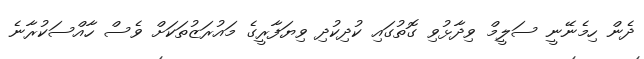
ދެން ހިމެނޭނީ ސަލީމް ވިދާޅުވި ގޮތުގައި ކުދިކުދި ވިޔަފާރީގެ މައުރަޒުތަކަށް ވެސް ހާއްސަކުރާނެ